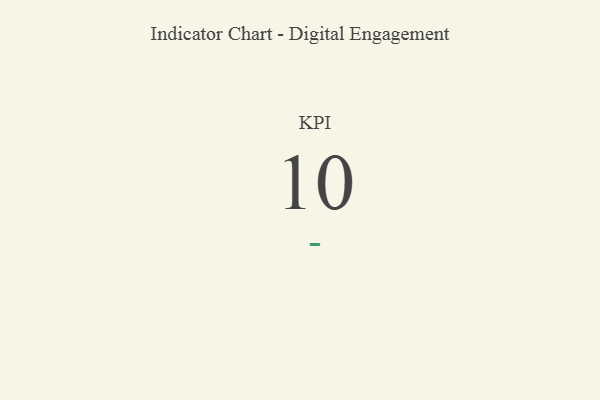
{"axis": {"x": "KPI", "y": "Value"}, "legend": [""], "data": [{"x": "KPI", "y": 10, "type": ""}]}